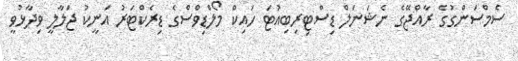
ސެމްސަންގުގެ ރާއްޖޭގެ ނެޝަނަލް ޑިސްޓިރިބިއުޓަ ހައިކް މޯލްޑިވްސްގެ ޑިރެކްޓަރު އަނީކު ޖަލާލީ ވިދާޅުވީ